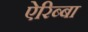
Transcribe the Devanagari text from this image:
ऐरिब्बा